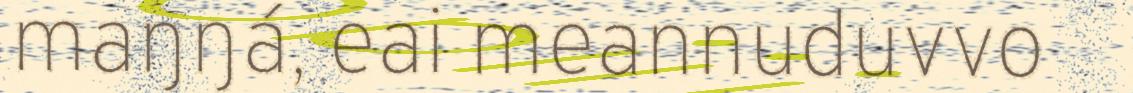
maŋŋá, eai meannuduvvo